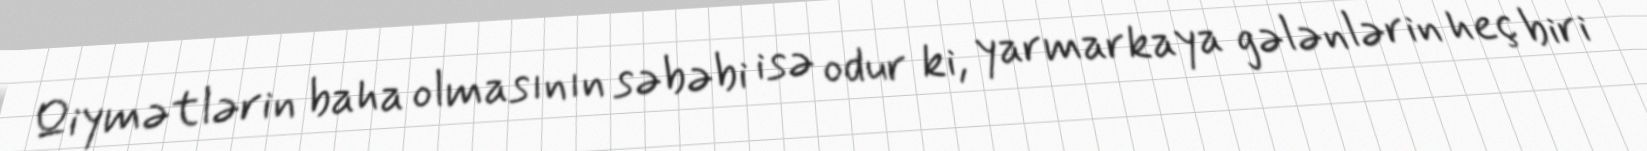
Qiymətlərin baha olmasının səbəbi isə odur ki, yarmarkaya gələnlərin heç biri